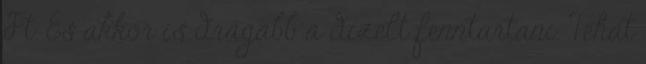
Ft. És akkor is drágább a dízelt fenntartani. Tehát